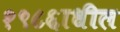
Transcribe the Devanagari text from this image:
१९८६ाधील